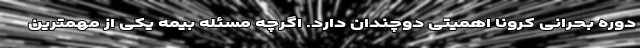
دوره بحرانی کرونا اهمیتی دوچندان دارد. اگرچه مسئله بیمه یکی از مهمترین